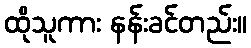
ထိုသူကား နန်းခင်တည်း။